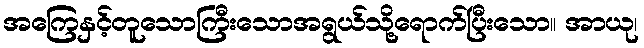
အကြေနှင့်တူသောကြီးသောအရွယ်သို့ရောက်ပြီးသော။ အာယု၊